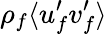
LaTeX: \rho_{f}\langle u_{f}^{\prime}v_{f}^{\prime}\rangle